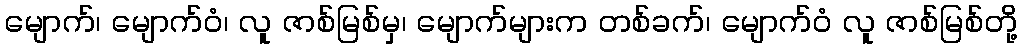
မျောက်၊ မျောက်ဝံ၊ လူ ဇာစ်မြစ်မှ၊ မျောက်များက တစ်ခက်၊ မျောက်ဝံ လူ ဇာစ်မြစ်တို့